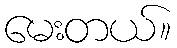
မေးတယ်။